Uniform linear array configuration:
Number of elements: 24
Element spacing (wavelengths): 0.5
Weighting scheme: binomial
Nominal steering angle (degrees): -60
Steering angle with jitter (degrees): -59.037
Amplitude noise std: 0.05
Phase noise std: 0.05

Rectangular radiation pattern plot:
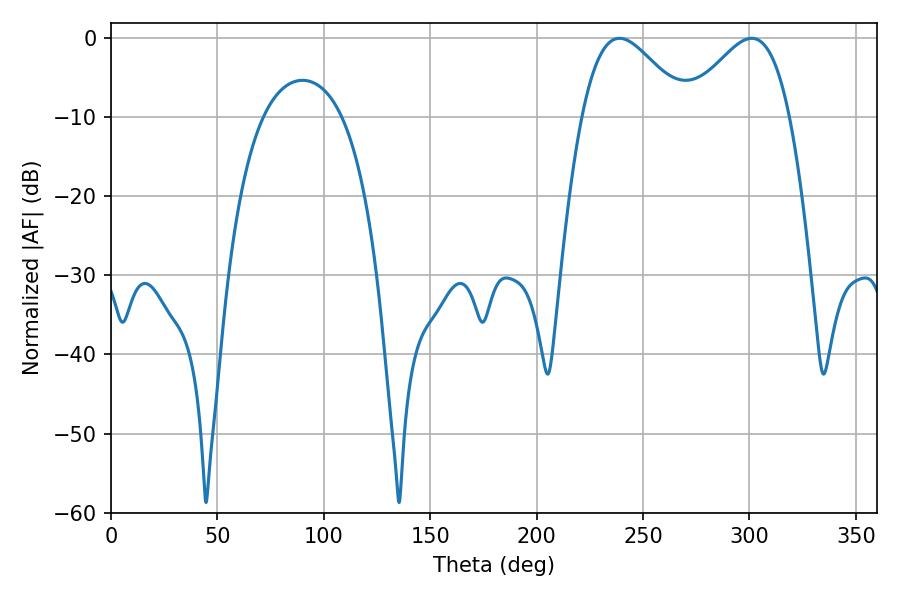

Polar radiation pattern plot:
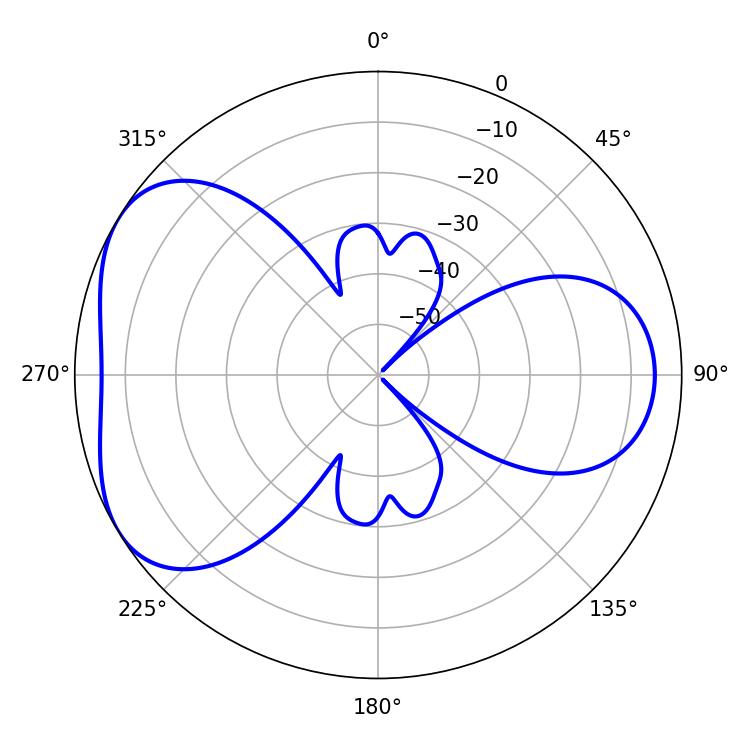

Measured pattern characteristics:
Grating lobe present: FALSE
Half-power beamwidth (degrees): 26.28
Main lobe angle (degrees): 238.86